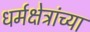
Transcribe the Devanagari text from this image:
धर्मक्षेत्रांच्या